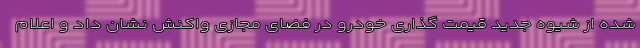
شده از شیوه جدید قیمت گذاری خودرو در فضای مجازی واکنش نشان داد و اعلام